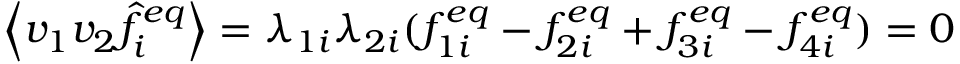
\left\langle v _ { 1 } v _ { 2 } \hat { f } _ { i } ^ { e q } \right\rangle = \lambda _ { 1 i } \lambda _ { 2 i } ( f _ { 1 i } ^ { e q } - f _ { 2 i } ^ { e q } + f _ { 3 i } ^ { e q } - f _ { 4 i } ^ { e q } ) = 0